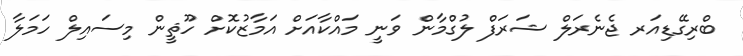
ބްރިގޭޑިއަރ ޖެނެރަލް ޝަރަފް ލުގްމާން ވަނީ މައްކާއަށް އަމާޒުކޮށް ހޫޘީން މިސައިލް ހަމަލާ